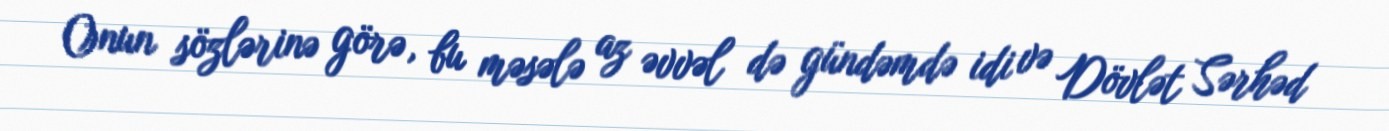
Onun sözlərinə görə, bu məsələ az əvvəl də gündəmdə idi və Dövlət Sərhəd